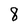
Character: 8